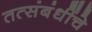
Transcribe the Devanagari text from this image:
तत्संबंधींचे